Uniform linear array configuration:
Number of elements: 32
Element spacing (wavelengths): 0.25
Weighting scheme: exponential
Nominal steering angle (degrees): -45
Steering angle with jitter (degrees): -44.204
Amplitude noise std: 0.05
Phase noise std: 0.05

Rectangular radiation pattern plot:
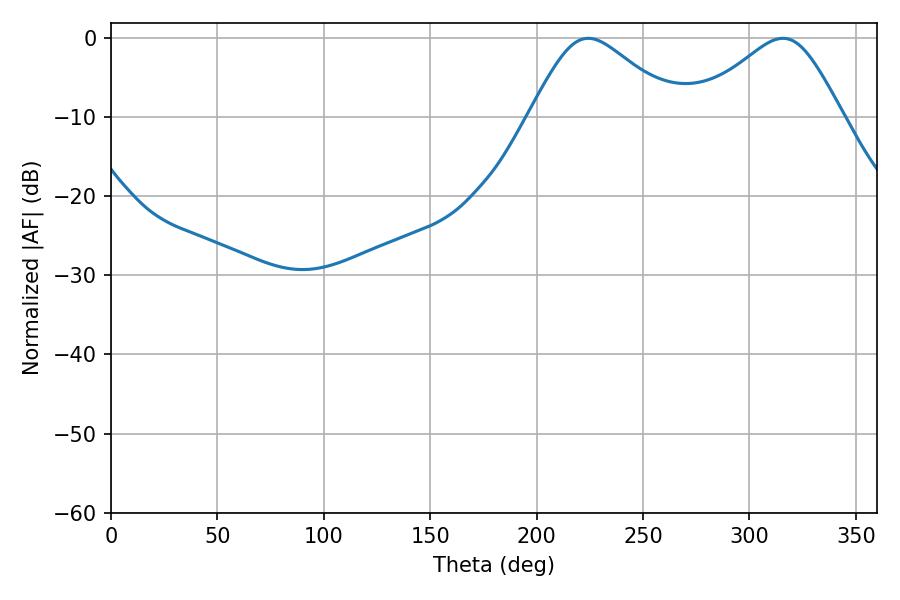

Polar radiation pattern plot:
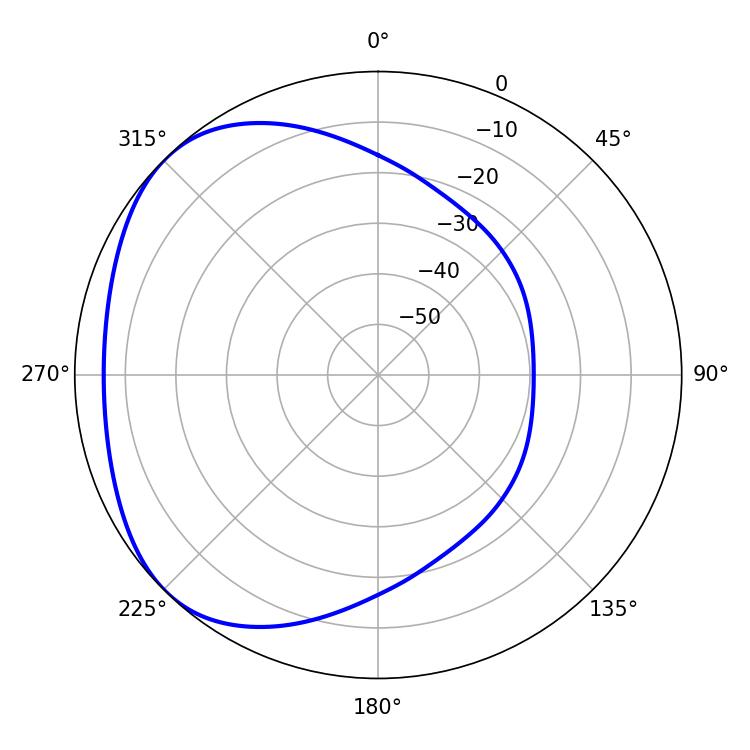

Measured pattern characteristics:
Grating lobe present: FALSE
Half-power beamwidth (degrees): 34.2
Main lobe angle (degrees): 224.28